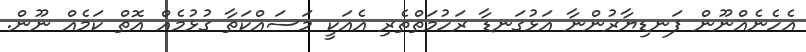
އެހެނެއްނޫން ފަނޑިޔާރުންނާ އަޅުގަނޑާ ރަހުމަތްތެރި އެއަކީ މަސައްކަތާ ގުޅުމެއް އޮތް ކަމެއް ނޫން.